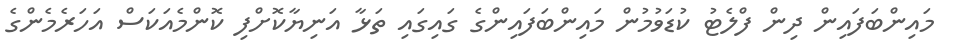
މައިންބަފައިން ދިން ފްލެޓު ކުޑަވުމުން މައިންބަފައިންގެ ގައިގައި ތަޅާ އަނިޔާކޮށްފި ކޮންމެއަކަސް އަހަރެމެންގެ